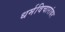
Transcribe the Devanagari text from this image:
धर्मविचारांवर